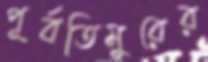
পূর্বতিমুরের